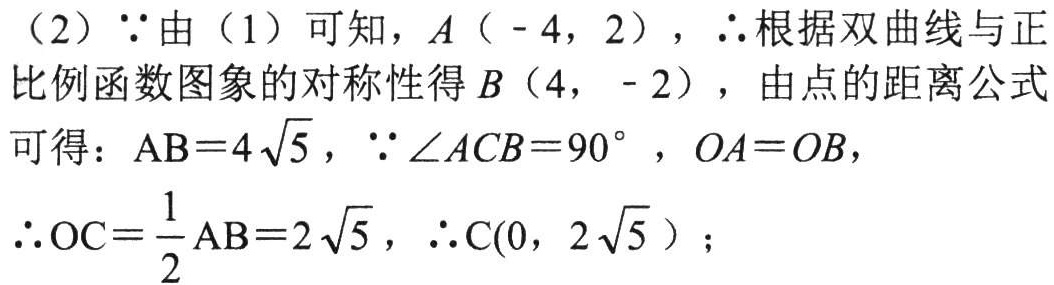
（2）\(\because\)由（1）可知，\(A(-4,2)\)，\(\therefore\)根据双曲线与正比例函数图象的对称性得\(B(4,-2)\)，由点的距离公式可得：\(AB = 4\sqrt{5}\)，\(\because\angle ACB = 90^{\circ}\)，\(OA = OB\)，
\(\therefore OC=\frac{1}{2}AB = 2\sqrt{5}\)，\(\therefore C(0,2\sqrt{5})\)；